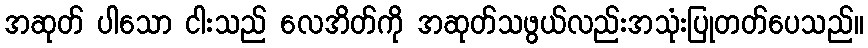
အဆုတ် ပါသော ငါးသည် လေအိတ်ကို အဆုတ်သဖွယ်လည်းအသုံးပြုတတ်ပေသည်။